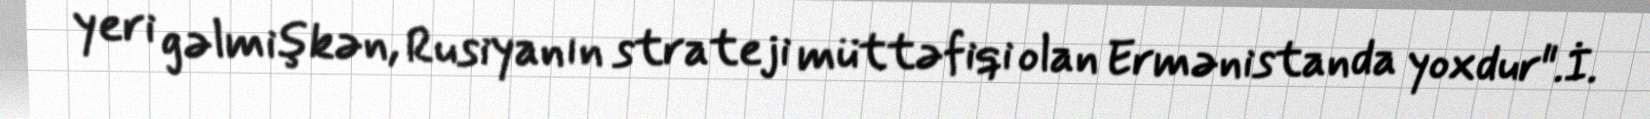
yeri gəlmişkən, Rusiyanın strateji müttəfiqi olan Ermənistanda yoxdur".İ.